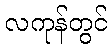
လကုန်တွင်